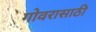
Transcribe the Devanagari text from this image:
गोवरासाठी